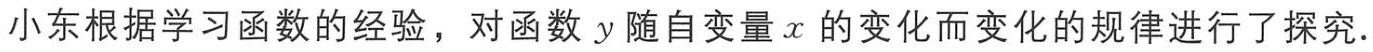
小东根据学习函数的经验，对函数 \(y\) 随自变量 \(x\) 的变化而变化的规律进行了探究.